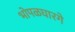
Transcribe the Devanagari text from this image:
भोपळघारगे